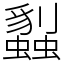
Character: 蠫